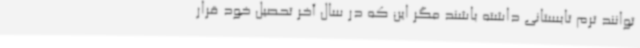
توانند ترم تابستانی داشته باشند مگر این که در سال آخر تحصیل خود قرار